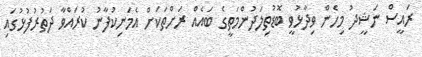
ރައީސް ނަޝީދު މިހެން ވިދާޅުވީ ބޮޑުތިލަދުންމަތީގެ ބައެއް ރަށްތަކަށް އެމަނިކުފާނު ކުރައްވާ ދަތުރުފުޅުގައި